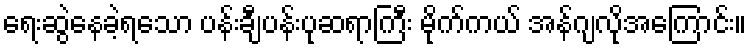
ရေးဆွဲနေခဲ့ရသော ပန်းချီပန်းပုဆရာကြီး မိုက်ကယ် အန်ဂျလိုအကြောင်း။